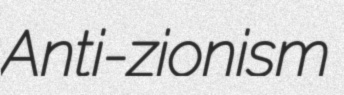
Anti-zionism